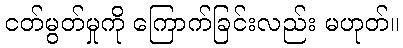
ငတ်မွတ်မှုကို ကြောက်ခြင်းလည်း မဟုတ်။